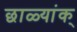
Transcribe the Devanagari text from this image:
छाळ्यांक्